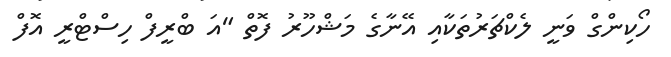
ހޯކިންގް ވަނީ ލެކްޗަރުތަކާއި އޭނާގެ މަޝްހޫރު ފޮތް "އަ ބްރީފް ހިސްޓްރީ އޮފް